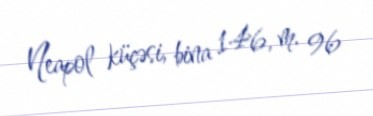
Neapol küçəsi, bina 146, m. 96